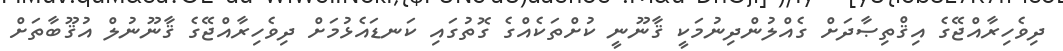
ދިވެހިރާއްޖޭގެ އިޤްތިޞާދަށް ގެއްލުންދިނުމަކީ ޤާނޫނީ ކުށްތަކެއްގެ ގޮތުގައި ކަނޑައެޅުމަށް ދިވެހިރާއްޖޭގެ ޤާނޫނުލް އުޤޫބާތަށް